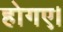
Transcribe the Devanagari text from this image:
होगए।